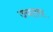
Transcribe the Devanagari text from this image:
ज्‍याला